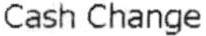
CASH CHANGE